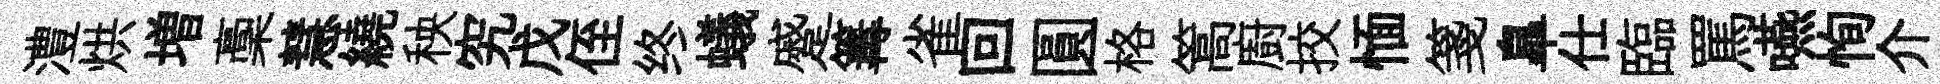
澧烘増稾慧繞秧究戊侄终蟻蹙篝雀回圓格篙廚挍愐箋臯仕臨罵嚥恂介